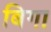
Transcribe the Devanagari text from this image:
बिगा